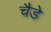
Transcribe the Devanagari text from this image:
चैडे